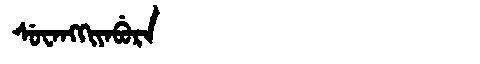
Manchu: ᠰᡠᠸᠠᠩᡴᡳᠶᠠᠪᡠᡵᠠ
Romanization: SUWANGKIYABURA